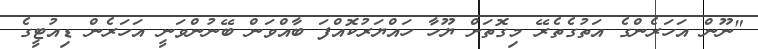
"ނޫން އަހަރެންގެ އަތުގެތެރޭ މިގޮތަށް ޔޫހާ ހައްޔަރުކޮއްފަ ބާއްވަން ބޭނުންވަނީ އަހަރެން ޑިއުޓީގެ